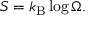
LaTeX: S = k _ { \mathrm { B } } \log \Omega .